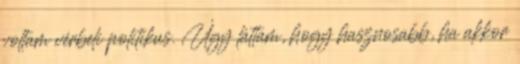
voltam vérbeli politikus. Úgy láttam, hogy hasznosabb, ha akkor